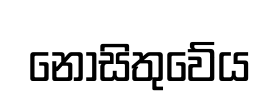
නොසිතුවේය